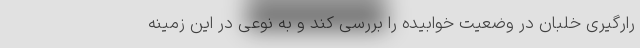
رارگیری خلبان در وضعیت خوابیده را بررسی کند و به نوعی در این زمینه